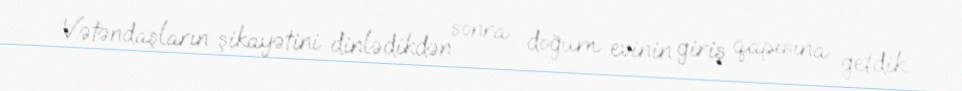
Vətəndaşların şikayətini dinlədikdən sonra doğum evinin giriş qapısına getdik.